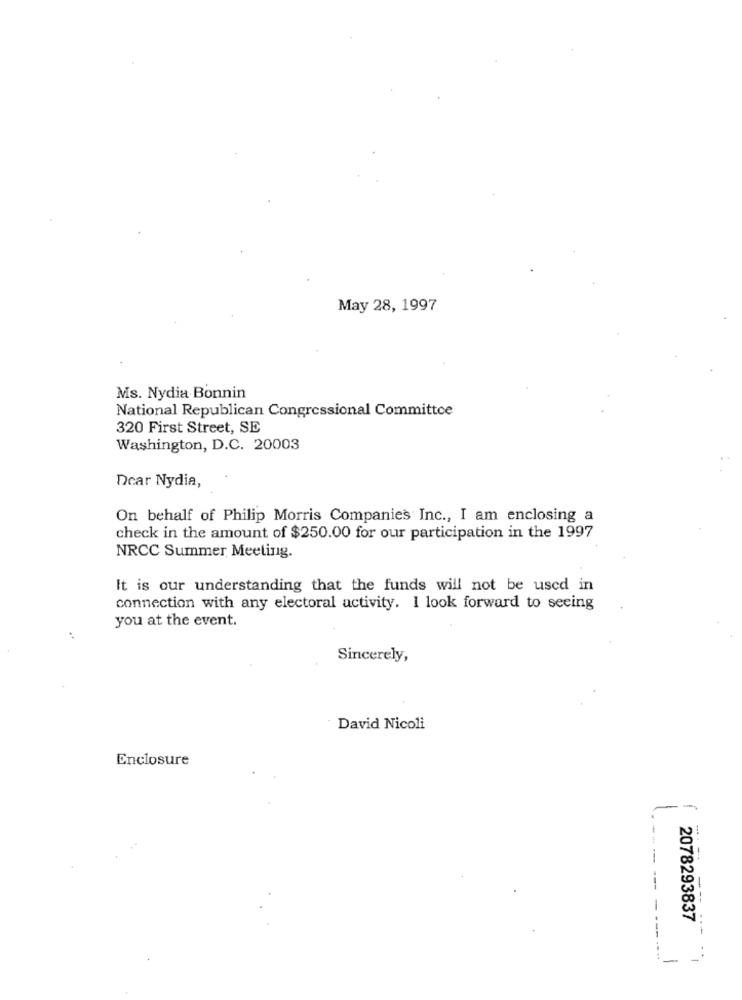
May 28, 1997
Ms. Nydia Bonnin
National Republican Congressional Committee
320 First Street, SE
Washington, D.C. 20003
Dear Nydia,
On behalf of Philip Morris Companies Inc ., I am enclosing a
check in the amount of $250.00 for our participation in the 1997
NRCC Summer Meeting.
It is our understanding that the funds will not be used in
connection with any electoral activity. I look forward to seeing
you at the event.
Sincerely,
David Nicoli
Enclosure
-
---
-
2078293837
--
-